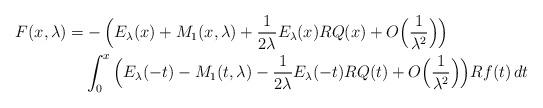
LaTeX: \begin{align*}F(x,\lambda)=& -\Big(E_\lambda(x)+ M_1(x,\lambda) +\frac{1}{2\lambda}E_\lambda(x) R Q(x) +O\Big(\frac{1}{\lambda^2}\Big)\Big)\\ &\int_0^x \Big(E_\lambda(-t)-M_1(t,\lambda) -\frac{1}{2\lambda}E_\lambda(-t) R Q(t) +O\Big(\frac{1}{\lambda^2}\Big)\Big) R f(t)\,dt\end{align*}